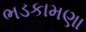
ભડકામણા